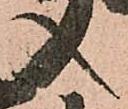
入